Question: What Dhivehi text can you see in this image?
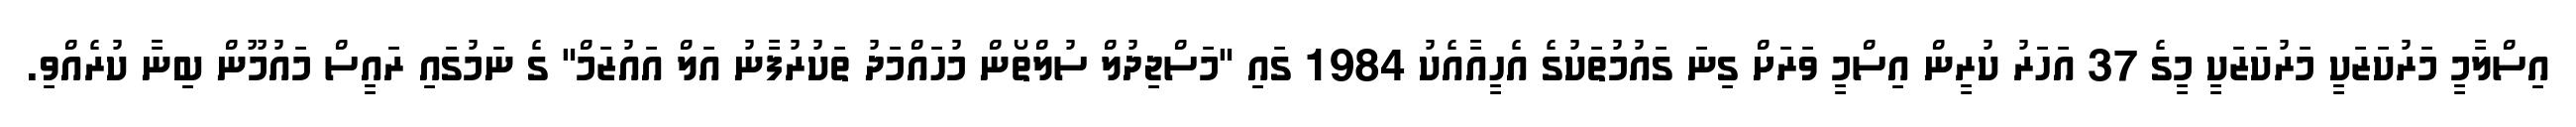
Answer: އިސްލާމީ މަރުކަޒަކީ މަރުކަޒަކީ މީގެ 37 އަހަރު ކުރީން އިސްމީ ވަރަށް ގިނަ ގައުމުތަކުގެ އެހީއާއެކު 1984 ގައި "މަސްޖިދުލް ސުލްތޯން މުހައްމަދު ތަކުރުފާނު އަލް އައުޒަމް" ގެ ނަމުގައި ރައީސް މައުމޫން ބިނާ ކުރެއްވި.